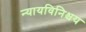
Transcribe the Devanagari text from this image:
न्यायविनिश्चय